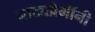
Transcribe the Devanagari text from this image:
नाट्यप्रेमींनी